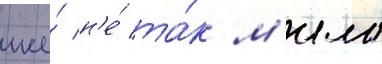
же́ н'е́ та́к м'ила